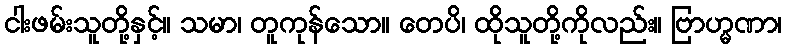
ငါးဖမ်းသူတို့နှင့်။ သမာ၊ တူကုန်သော။ တေပိ၊ ထိုသူတို့ကိုလည်း။ ဗြာဟ္မဏာ၊